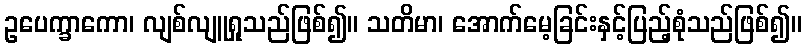
ဥပေက္ခာကော၊ လျစ်လျူရှုသည်ဖြစ်၍။ သတိမာ၊ အောက်မေ့ခြင်းနှင့်ပြည့်စုံသည်ဖြစ်၍။